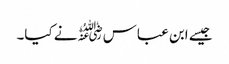
جیسے ابن عباس﷜نے کیا۔